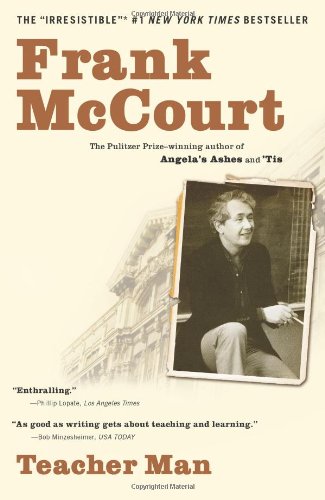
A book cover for Teacher Man: A Memoir; Frank McCourt; Biographies & Memoirs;